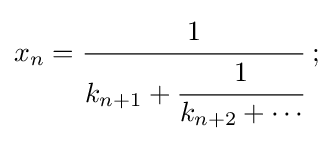
x_{n}={\cfrac {1}{k_{n+1}+{\cfrac {1}{k_{n+2}+\cdots }}}}~;